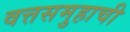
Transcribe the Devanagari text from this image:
वत्तसमुहाची